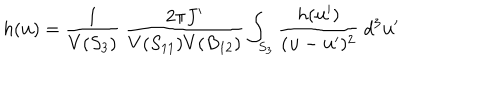
h ( { \bf u } ) = \frac { 1 } { V ( S _ { 3 } ) } \ \frac { 2 \pi J ^ { \prime } } { V ( S _ { 1 1 } ) V ( B _ { 1 2 } ) } \int _ { S _ { 3 } } \frac { h ( { \bf u } ^ { \prime } ) } { ( { \bf u } - { \bf u } ^ { \prime } ) ^ { 2 } } \ d ^ { 3 } { \bf u } ^ { \prime }